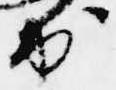
出